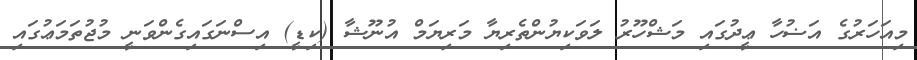
މިއަހަރުގެ އަޟުހާ ޢީދުގައި މަޝްހޫރު ލަވަކިޔުންތެރިޔާ މަރިޔަމް އުނޫޝާ (ކިޑީ) އިސްނަގައިގެންވަނީ މުޖުތަމަޢުގައި